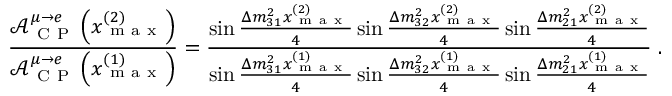
\frac { \mathcal { A } _ { \mathrm { ~ C ~ P ~ } } ^ { \mu \rightarrow e } \left( x _ { \mathrm { ~ m ~ a ~ x ~ } } ^ { ( 2 ) } \right) } { \mathcal { A } _ { \mathrm { ~ C ~ P ~ } } ^ { \mu \rightarrow e } \left( x _ { \mathrm { ~ m ~ a ~ x ~ } } ^ { ( 1 ) } \right) } = \frac { \sin \frac { \Delta m _ { 3 1 } ^ { 2 } x _ { \mathrm { ~ m ~ a ~ x ~ } } ^ { ( 2 ) } } { 4 } \sin \frac { \Delta m _ { 3 2 } ^ { 2 } x _ { \mathrm { ~ m ~ a ~ x ~ } } ^ { ( 2 ) } } { 4 } \sin \frac { \Delta m _ { 2 1 } ^ { 2 } x _ { \mathrm { ~ m ~ a ~ x ~ } } ^ { ( 2 ) } } { 4 } } { \sin \frac { \Delta m _ { 3 1 } ^ { 2 } x _ { \mathrm { ~ m ~ a ~ x ~ } } ^ { ( 1 ) } } { 4 } \sin \frac { \Delta m _ { 3 2 } ^ { 2 } x _ { \mathrm { ~ m ~ a ~ x ~ } } ^ { ( 1 ) } } { 4 } \sin \frac { \Delta m _ { 2 1 } ^ { 2 } x _ { \mathrm { ~ m ~ a ~ x ~ } } ^ { ( 1 ) } } { 4 } } \; .